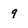
Character: 9